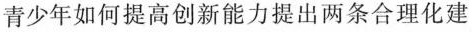
青少年如何提高创新能力提出两条合理化建